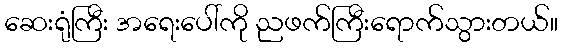
ဆေးရုံကြီး အရေးပေါ်ကို ညဖက်ကြီးရောက်သွားတယ်။